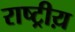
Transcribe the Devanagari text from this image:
राष्ट्रीय़